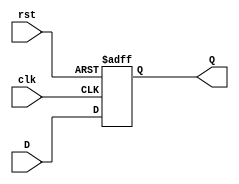
module synchronous_register #(
    parameter BIT_WIDTH = 8  // Parameter for the bit width of the register
)(
    input wire [BIT_WIDTH-1:0] D,  // Data input
    input wire clk,                  // Clock signal
    input wire rst,                  // Reset signal
    output reg [BIT_WIDTH-1:0] Q     // Data output
);

// Always block triggered on the rising edge of the clock or the reset signal
always @(posedge clk or posedge rst) begin
    if (rst) begin
        Q <= 0;                       // Clear output on reset
    end else begin
        Q <= D;                       // Capture input data on clock edge
    end
end

endmodule